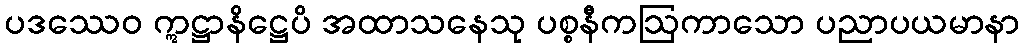
ပဒဿေဝ ဣဋ္ဌာနိဋ္ဌေပိ အထာသနေသု ပစ္စနီကဩကာသော ပညာပယမာနာ